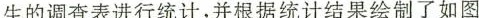
生的调查表进行统计，并根据统计结果绘制了如图